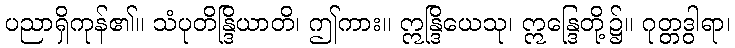
ပညာရှိကုန်၏။ သံပုတိန္ဒြိယာတိ၊ ဤကား။ ဣန္ဒြိယေသု၊ ဣန္ဒြေတို့၌။ ဂုတ္တဒွါရာ၊